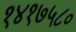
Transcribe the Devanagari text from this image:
१४१७५८०